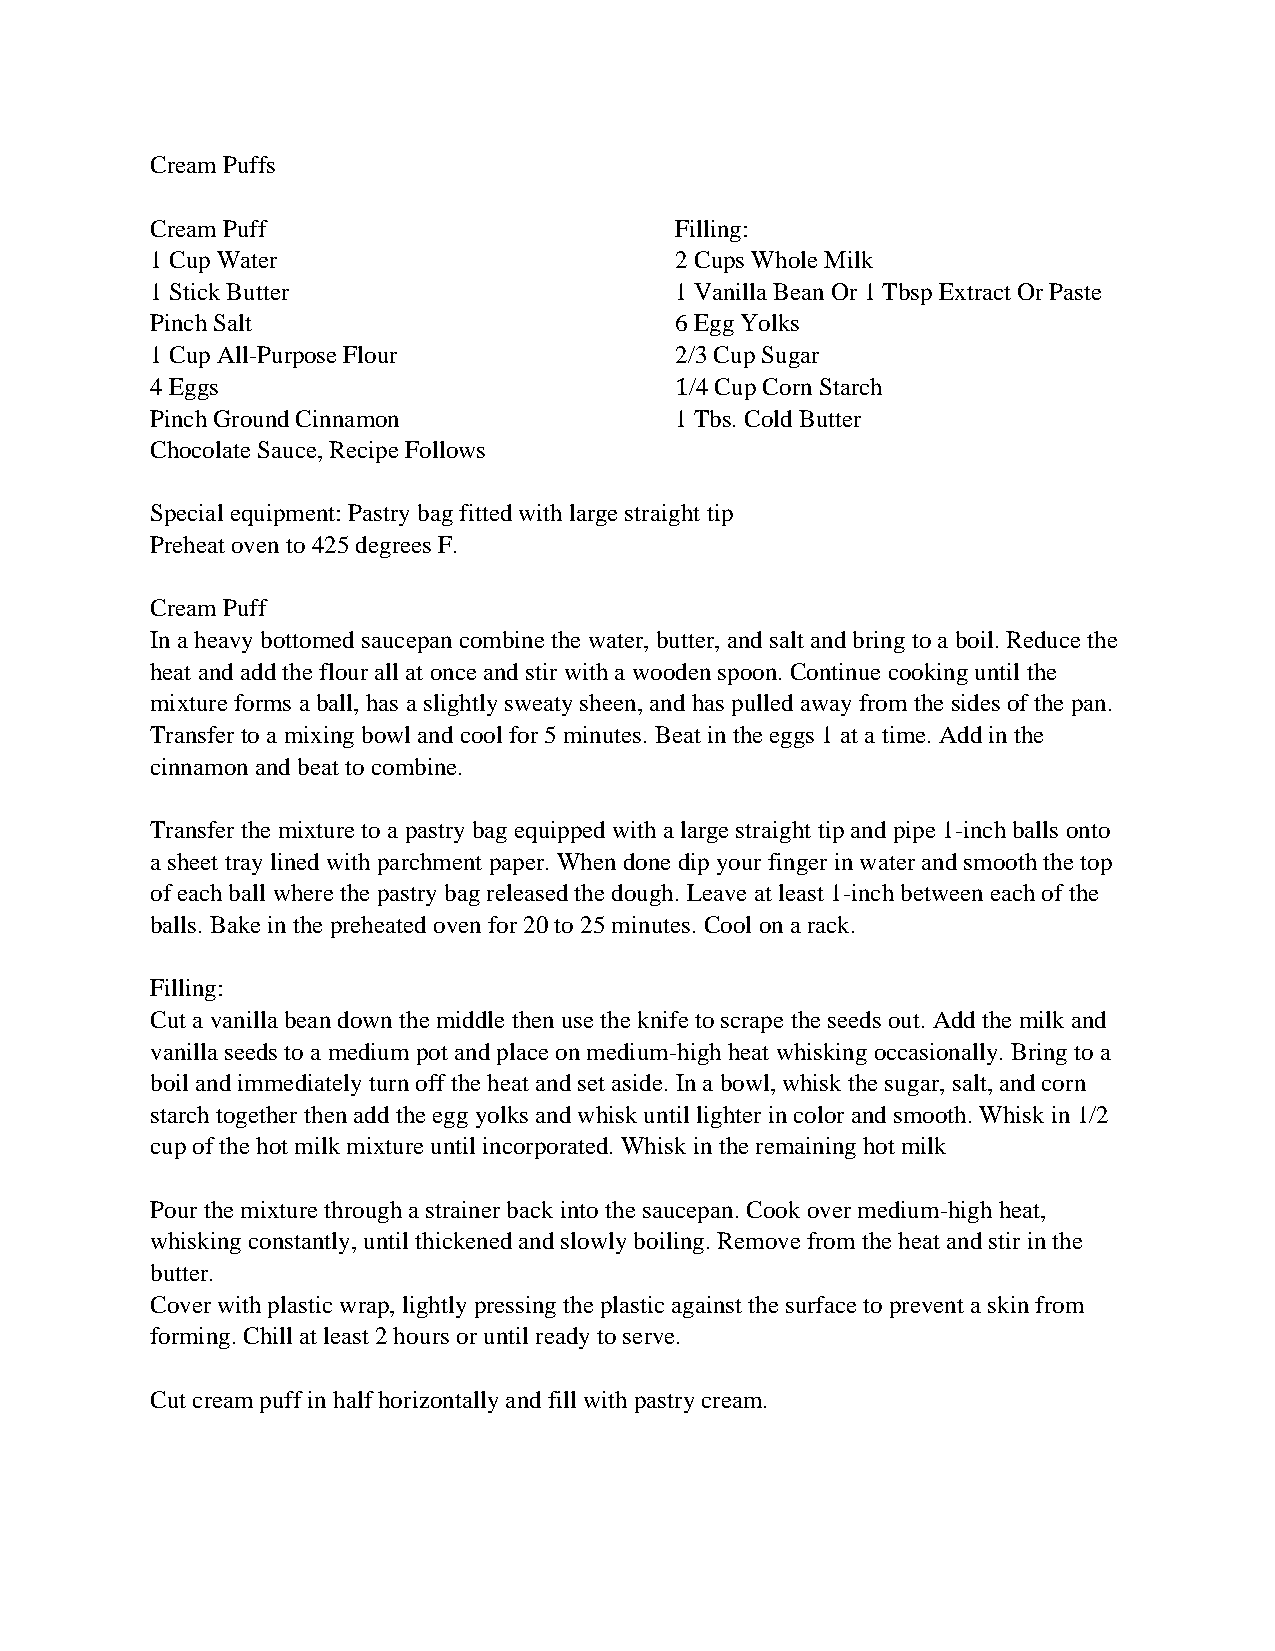
Cream Puffs
 Cream Puff                         Filling:
 1 Cup Water                        2 Cups Whole Milk
 1 Stick Butter                     1 Vanilla Bean Or 1 Tbsp Extract Or Paste
 Pinch Salt                         6 Egg Yolks
 1 Cup All-Purpose Flour            2/3 Cup Sugar
 4 Eggs                             1/4 Cup Corn Starch
 Pinch Ground Cinnamon              1 Tbs. Cold Butter
 Chocolate Sauce, Recipe Follows
 Special equipment: Pastry bag fitted with large straight tip
 Preheat oven to 425 degrees F.
 Cream Puff
 In a heavy bottomed saucepan combine the water, butter, and salt and bring to a boil. Reduce the
 heat and add the flour all at once and stir with a wooden spoon. Continue cooking until the
 mixture forms a ball, has a slightly sweaty sheen, and has pulled away from the sides of the pan.
 Transfer to a mixing bowl and cool for 5 minutes. Beat in the eggs 1 at a time. Add in the
 cinnamon and beat to combine.
 Transfer the mixture to a pastry bag equipped with a large straight tip and pipe 1-inch balls onto
 a sheet tray lined with parchment paper. When done dip your finger in water and smooth the top
 of each ball where the pastry bag released the dough. Leave at least 1-inch between each of the
 balls. Bake in the preheated oven for 20 to 25 minutes. Cool on a rack.
 Filling:
 Cut a vanilla bean down the middle then use the knife to scrape the seeds out. Add the milk and
 vanilla seeds to a medium pot and place on medium-high heat whisking occasionally. Bring to a
 boil and immediately turn off the heat and set aside. In a bowl, whisk the sugar, salt, and corn
 starch together then add the egg yolks and whisk until lighter in color and smooth. Whisk in 1/2
 cup of the hot milk mixture until incorporated. Whisk in the remaining hot milk
 Pour the mixture through a strainer back into the saucepan. Cook over medium-high heat,
 whisking constantly, until thickened and slowly boiling. Remove from the heat and stir in the
 butter.
 Cover with plastic wrap, lightly pressing the plastic against the surface to prevent a skin from
 forming. Chill at least 2 hours or until ready to serve.
 Cut cream puff in half horizontally and fill with pastry cream.